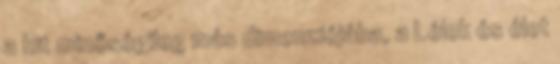
a hit minőségileg más dimenziójába, a Lélek és élet